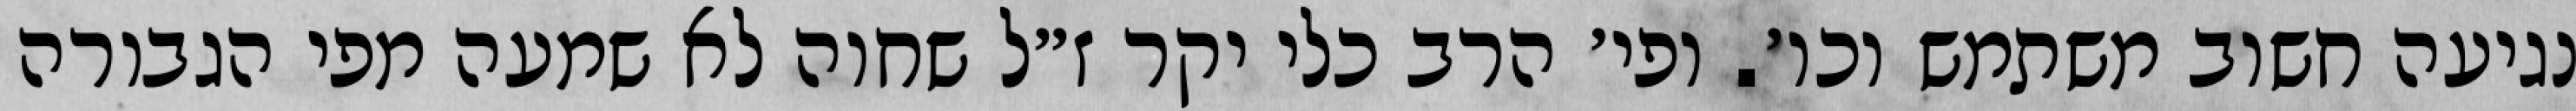
נגיעה חשוב משתמש וכו׳. ופי׳ הרב כלי יקר ז״ל שחוה לא שמעה מפי הגבורה